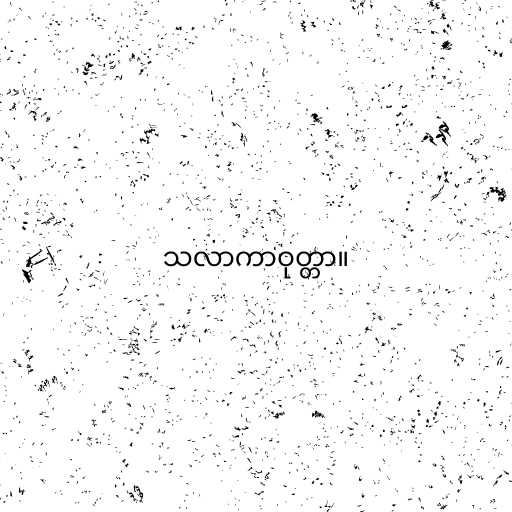
သလာကာဝုတ္တာ။